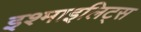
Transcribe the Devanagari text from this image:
इश्माइलिट्स